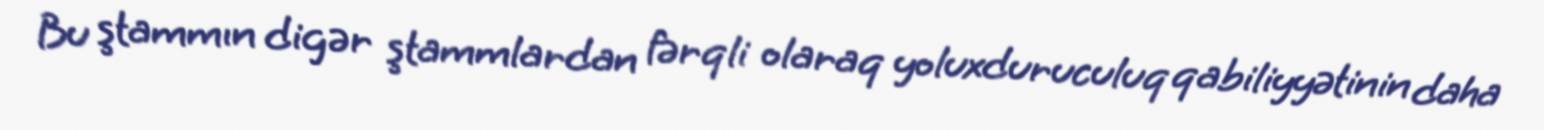
Bu ştammın digər ştammlardan fərqli olaraq yoluxduruculuq qabiliyyətinin daha